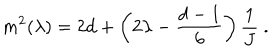
m ^ { 2 } ( \lambda ) = 2 d + \left( 2 \lambda - { \frac { d - 1 } { 6 } } \right) { \frac { 1 } { J } } ~ .